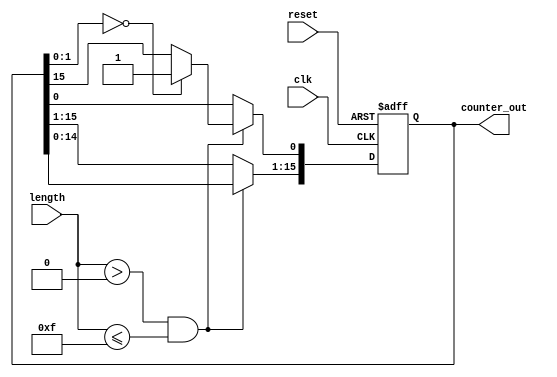
module variable_length_ring_counter (
    input wire clk,                // Clock signal
    input wire reset,              // Asynchronous reset
    input wire [3:0] length,       // Control input for variable length (max 15)
    output reg [15:0] counter_out   // Output for the ring counter (up to 16 bits)
);

    // Maximum length of the counter
    parameter MAX_LENGTH = 15;

    // Internal variable to hold the current state
    reg [15:0] state;

    // Asynchronous reset and state transition logic
    always @(posedge clk or posedge reset) begin
        if (reset) begin
            // Initialize the counter to the first flip-flop set
            state <= 16'b0000000000000001;
        end else if (length > 0 && length <= MAX_LENGTH) begin
            // Shift the active state to the next flip-flop
            state <= {state[14:0], state[15]}; // Circular shift
            // Ensure only 'length' number of bits are active
            if (state[length-1:0] == 0) begin
                state[0] <= 1'b1; // Set the first flip-flop if all are inactive
            end
        end
    end

    // Assign the current state to the output
    always @(*) begin
        counter_out = state;
    end

endmodule